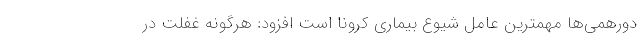
دورهمی‌ها مهمترین عامل شیوع بیماری کرونا است افزود: هرگونه غفلت در